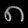
Digit: ၈